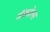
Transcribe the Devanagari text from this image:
मॅकहेल्स